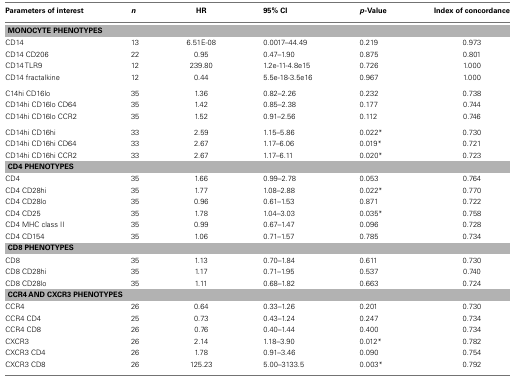
<table><thead><tr><td><b>Parameters of interest</b></td><td><b><i>n</i></b></td><td><b>HR</b></td><td><b>95% CI</b></td><td><b><i>p</i>-Value</b></td><td><b>Index of concordance</b></td></tr></thead><tbody><tr><td colspan="6"><b>MONOCYTE PHENOTYPES</b></td></tr><tr><td>CD14</td><td>13</td><td>6.51E-08</td><td>0.0017–44.49</td><td>0.219</td><td>0.973</td></tr><tr><td>CD14 CD206</td><td>22</td><td>0.95</td><td>0.47–1.90</td><td>0.875</td><td>0.801</td></tr><tr><td>CD14 TLR9</td><td>12</td><td>239.80</td><td>1.2e-11-4.8e15</td><td>0.726</td><td>1.000</td></tr><tr><td>CD14 fractalkine</td><td>12</td><td>0.44</td><td>5.5e-18-3.5e16</td><td>0.967</td><td>1.000</td></tr><tr><td>C14hi CD16lo</td><td>35</td><td>1.36</td><td>0.82–2.26</td><td>0.232</td><td>0.738</td></tr><tr><td>CD14hi CD16lo CD64</td><td>35</td><td>1.42</td><td>0.85–2.38</td><td>0.177</td><td>0.744</td></tr><tr><td>CD14hi CD16lo CCR2</td><td>35</td><td>1.52</td><td>0.91–2.56</td><td>0.112</td><td>0.746</td></tr><tr><td>CD14hi CD16hi</td><td>33</td><td>2.59</td><td>1.15–5.86</td><td>0.022*</td><td>0.730</td></tr><tr><td>CD14hi CD16hi CD64</td><td>33</td><td>2.67</td><td>1.17–6.06</td><td>0.019*</td><td>0.721</td></tr><tr><td>CD14hi CD16hi CCR2</td><td>33</td><td>2.67</td><td>1.17–6.11</td><td>0.020*</td><td>0.723</td></tr><tr><td colspan="6"><b>CD4 PHENOTYPES</b></td></tr><tr><td>CD4</td><td>35</td><td>1.66</td><td>0.99–2.78</td><td>0.053</td><td>0.764</td></tr><tr><td>CD4 CD28hi</td><td>35</td><td>1.77</td><td>1.08–2.88</td><td>0.022*</td><td>0.770</td></tr><tr><td>CD4 CD28lo</td><td>35</td><td>0.96</td><td>0.61–1.53</td><td>0.871</td><td>0.722</td></tr><tr><td>CD4 CD25</td><td>35</td><td>1.78</td><td>1.04–3.03</td><td>0.035*</td><td>0.758</td></tr><tr><td>CD4 MHC class II</td><td>35</td><td>0.99</td><td>0.67–1.47</td><td>0.096</td><td>0.728</td></tr><tr><td>CD4 CD154</td><td>35</td><td>1.06</td><td>0.71–1.57</td><td>0.785</td><td>0.734</td></tr><tr><td colspan="6"><b>CD8 PHENOTYPES</b></td></tr><tr><td>CD8</td><td>35</td><td>1.13</td><td>0.70–1.84</td><td>0.611</td><td>0.730</td></tr><tr><td>CD8 CD28hi</td><td>35</td><td>1.17</td><td>0.71–1.95</td><td>0.537</td><td>0.740</td></tr><tr><td>CD8 CD28lo</td><td>35</td><td>1.11</td><td>0.68–1.82</td><td>0.663</td><td>0.724</td></tr><tr><td colspan="6"><b>CCR4 AND CXCR3 PHENOTYPES</b></td></tr><tr><td>CCR4</td><td>26</td><td>0.64</td><td>0.33–1.26</td><td>0.201</td><td>0.730</td></tr><tr><td>CCR4 CD4</td><td>25</td><td>0.73</td><td>0.43–1.24</td><td>0.247</td><td>0.734</td></tr><tr><td>CCR4 CD8</td><td>26</td><td>0.76</td><td>0.40–1.44</td><td>0.400</td><td>0.734</td></tr><tr><td>CXCR3</td><td>26</td><td>2.14</td><td>1.18–3.90</td><td>0.012*</td><td>0.782</td></tr><tr><td>CXCR3 CD4</td><td>26</td><td>1.78</td><td>0.91–3.46</td><td>0.090</td><td>0.754</td></tr><tr><td>CXCR3 CD8</td><td>26</td><td>125.23</td><td>5.00–3133.5</td><td>0.003*</td><td>0.792</td></tr></tbody></table>